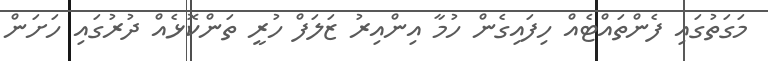
މަގަތުގައި ފެންތައްޓެއް ހިފައިގެން ހުމާ އިންއިރު ޒަލަފް ހުރީ ތަންކޮޅެއް ދުރުގައި ހަަށަން